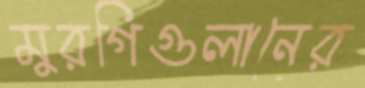
মুরগিগুলানের